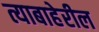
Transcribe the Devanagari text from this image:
त्याबाहेरील